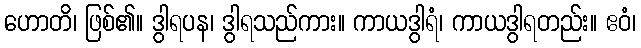
ဟောတိ၊ ဖြစ်၏။ ဒွါရပန၊ ဒွါရသည်ကား။ ကာယဒွါရံ၊ ကာယဒွါရတည်း။ ဧဝံ၊